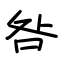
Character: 咎